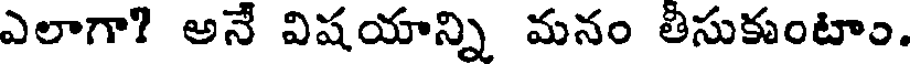
ఎలాగా? అనే విషయాన్ని మనం తీసుకుంటాం.